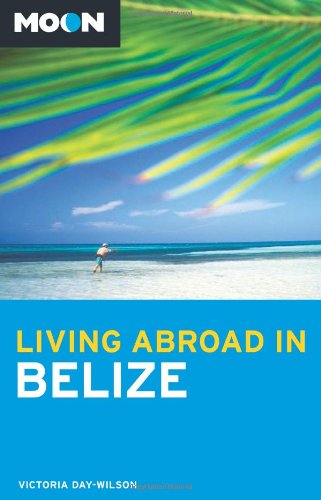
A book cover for Moon Living Abroad in Belize; Victoria Day-Wilson; Travel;